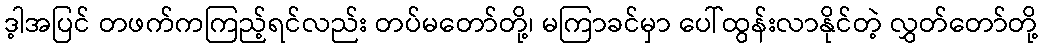
ဒ့ါအပြင် တဖက်ကကြည့်ရင်လည်း တပ်မတော်တို့၊ မကြာခင်မှာ ပေါ်ထွန်းလာနိုင်တဲ့ လွှတ်တော်တို့